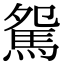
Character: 駌